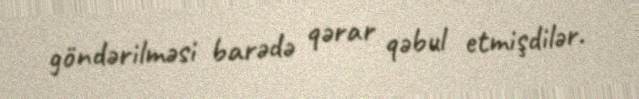
göndərilməsi barədə qərar qəbul etmişdilər.